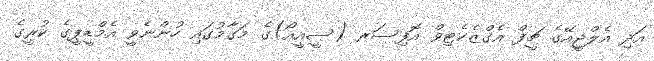
އަދި އެލްޖީއޭގެ ޗީފް އެގްޒެކެޓިވް އޮފިސަރ (ސީއީއޯ)ގެ މަގާމުގައި ހުންނެވީ އެމްޑީޕީގެ ކުރީގެ